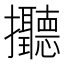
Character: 𢺭